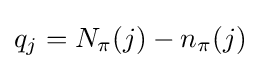
q_{j}=N_{\pi }(j)-n_{\pi }(j)